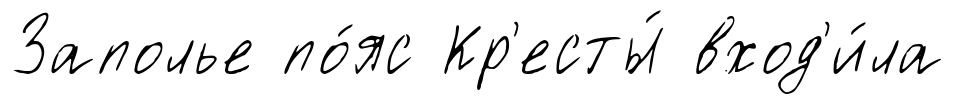
Заполье по́яс Кр'есты́ вход'и́ла